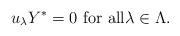
LaTeX: \begin{align*}\text{$u_\lambda Y^*=0$ for all${\lambda\in\Lambda}$.}\end{align*}